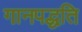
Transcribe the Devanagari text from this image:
गानपद्धति